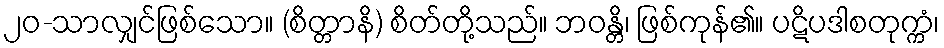
၂၀-သာလျှင်ဖြစ်သော။ (စိတ္တာနိ) စိတ်တို့သည်။ ဘဝန္တိ၊ ဖြစ်ကုန်၏။ ပဋိပဒါစတုက္ကံ၊